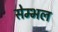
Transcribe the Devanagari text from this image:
सेम्भल